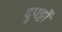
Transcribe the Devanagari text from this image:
दुपट्टों